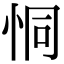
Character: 恫